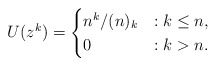
\begin{align*} U(z^k) = \begin{cases} n^k / (n)_k &: k \leq n, \\ 0 &: k > n. \end{cases}\end{align*}